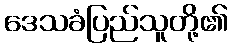
ဒေသခံပြည်သူတို့၏